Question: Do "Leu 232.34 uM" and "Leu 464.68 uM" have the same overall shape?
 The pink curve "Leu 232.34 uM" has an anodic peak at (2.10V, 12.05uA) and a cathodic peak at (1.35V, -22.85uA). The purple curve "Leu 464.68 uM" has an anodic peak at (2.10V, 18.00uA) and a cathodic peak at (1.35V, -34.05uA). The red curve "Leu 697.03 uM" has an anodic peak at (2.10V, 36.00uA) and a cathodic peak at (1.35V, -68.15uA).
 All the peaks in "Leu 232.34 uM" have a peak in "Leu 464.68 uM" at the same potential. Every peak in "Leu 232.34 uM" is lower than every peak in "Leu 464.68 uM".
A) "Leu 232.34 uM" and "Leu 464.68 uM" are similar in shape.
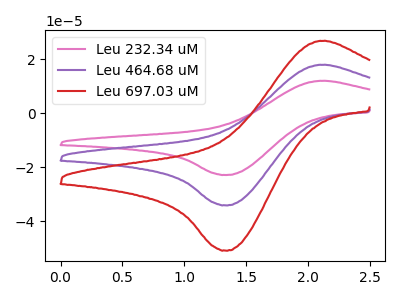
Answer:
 <answer>A) "Leu 232.34 uM" and "Leu 464.68 uM" are similar in shape.</answer>
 <eval>A</eval>